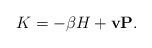
LaTeX: \begin{align*}K=-\beta H+{\bf v}{\bf P}.\end{align*}